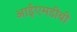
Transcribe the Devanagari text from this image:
आईएमडीबी